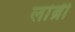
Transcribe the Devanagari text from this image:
लांब्री